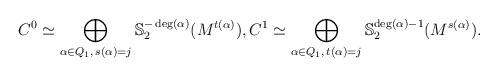
LaTeX: \begin{align*}C^{0}\simeq \bigoplus_{\alpha\in Q_{1},\,s(\alpha)=j}\mathbb{S}_{2}^{-\deg(\alpha)}(M^{t(\alpha)}), C^{1}\simeq \bigoplus_{\alpha\in Q_{1},\,t(\alpha)=j}\mathbb{S}_{2}^{\deg(\alpha)-1}(M^{s(\alpha)}).\end{align*}